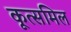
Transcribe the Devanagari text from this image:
कूत्समिल